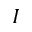
I